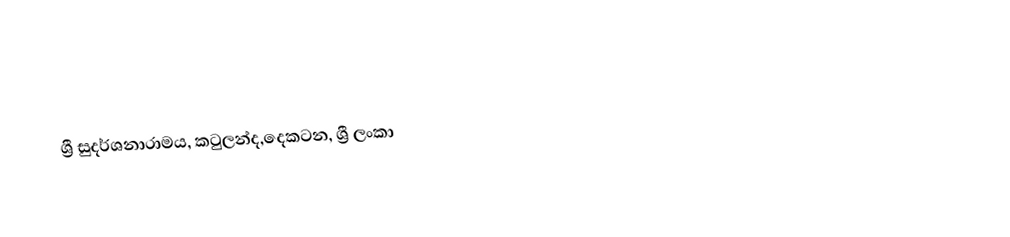
ශ්‍රී  සුදර්ශනාරාමය, කටුලන්ද,දෙකටන, ශ්‍රී ලංකා